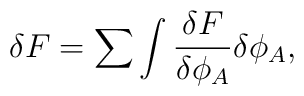
\delta F=\sum\int{{\delta F} \over{\delta\phi_A}}\delta\phi_A,